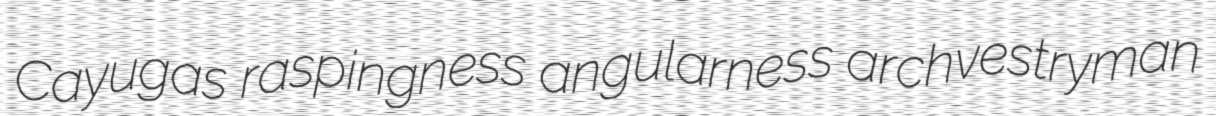
Cayugas raspingness angularness archvestryman